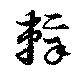
辣